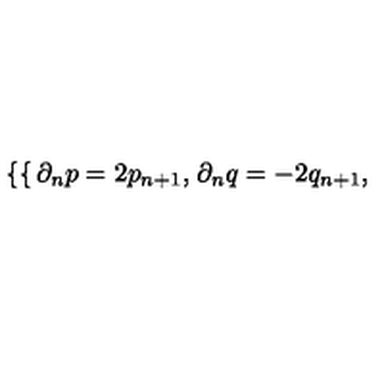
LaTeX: \left\{ \begin{cases} { \partial _ { n } p = 2 p _ { n + 1 } , } \\ { \partial _ { n } q = - 2 q _ { n + 1 } , } \\ \end{cases} \right.